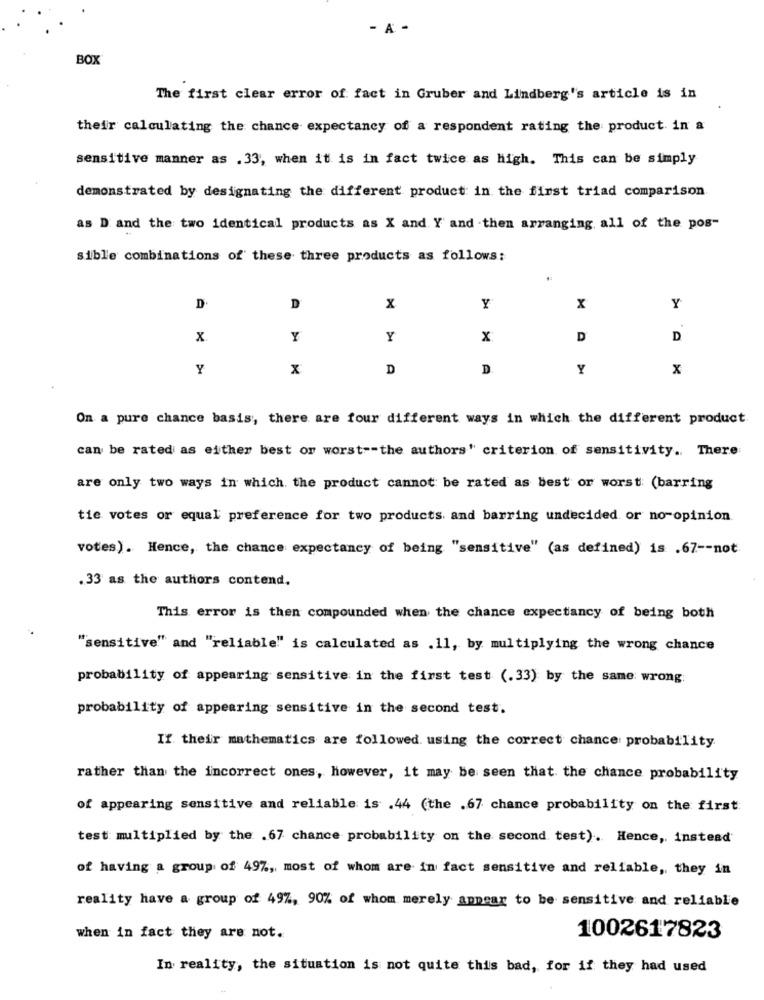
- A -
BOX
The first clear error of fact in Gruber and Lindberg's article is in
their calculating the chance expectancy of a respondent rating the product in a
sensitive manner as .33, when it is in fact twice as high. This can be simply
demonstrated by designating the different product in the first triad comparison
as D and the two identical products as X and Y' and then arranging, all of the pos-
sible combinations of these three products as follows:
D
D
x
Y
x
Y
x
Y
Y
x
D
D
Y
x
D
D
Y
x
On a pure chance basis, there are four different ways in which the different product
can be rated as either best or worst -- the authors" criterion of sensitivity. There
are only two ways in which the product cannot be rated as best or worst: (barring
tie votes or equal preference for two products and barring undecided or no-opinion
votes). Hence, the chance expectancy of being "sensitive" (as defined) is .67 -- not
.33 as the authors contend.
This error is then compounded when the chance expectancy of being both
"sensitive" and "reliable" is calculated as .11, by multiplying the wrong chance
probability of appearing sensitive in the first test (.33) by the same wrong:
probability of appearing sensitive in the second test.
If their mathematics are followed. using the correct chance: probability.
rather than the incorrect ones, however, it may be seen that the chance probability
of appearing sensitive and reliable is .44 (the .67 chance probability on the first
test: multiplied by the .67 chance probability on the second test). Hence, instead
of having a group of 49%, most of whom are in fact sensitive and reliable ,, they in
reality have a group of 497, 90% of whom merely appear to be sensitive and reliable
when in fact they are not.
1002617823
In reality, the situation is not quite this bad, for if they had used